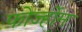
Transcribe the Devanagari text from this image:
फोर्ज्हीम